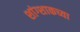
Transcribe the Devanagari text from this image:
शांग्शाकच्या